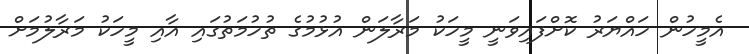
އެމީހުން ހައްޔަރު ކޮށްފައިވަނީ މީހަކު މަރާލަން އުޅުމުގެ ތުހުމަތުގައި އާއި މީހަކު މަރާލުމަށް